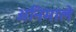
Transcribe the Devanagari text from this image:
अनिमाले